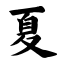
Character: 夏